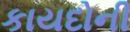
કાયદોની